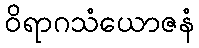
ဝိရာဂသံယောဇနံ